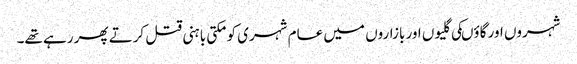
شہروں اور گاؤںکی گلیوں اور بازاروں میں عام شہری کو مکتی باہنی قتل کرتے پھر رہے تھے۔